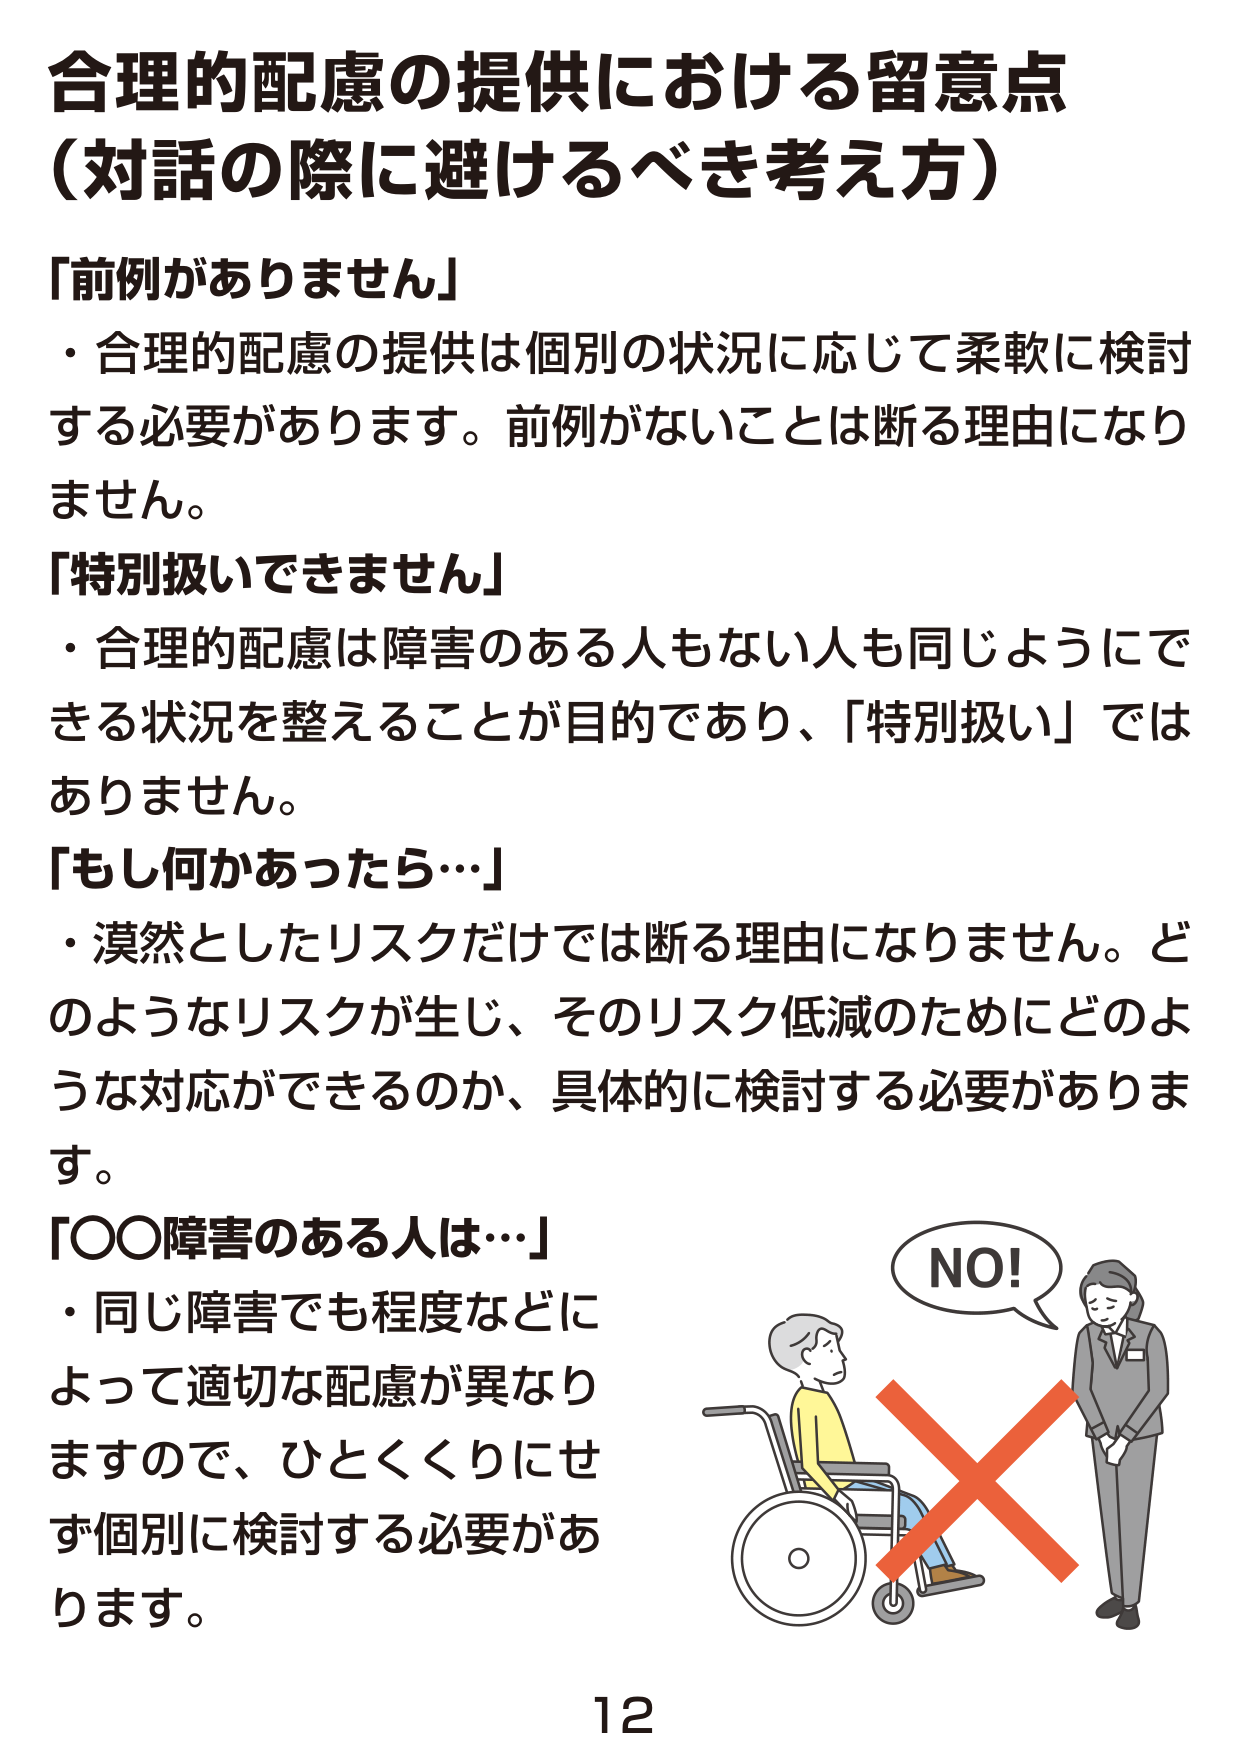
合理的配慮の提供における留意点
（対話の際に避けるべき考え方）

「前例がありません」
・合理的配慮の提供は個別の状況に応じて柔軟に検討する必要があります。前例がないことは断る理由になりません。

「特別扱いできません」
・合理的配慮は障害のある人もない人も同じようにできる状況を整えることが目的であり、「特別扱い」ではありません。

「もし何かあったら…」
・漠然としたリスクだけでは断る理由になりません。どのようなリスクが生じ、そのリスク低減のためにどのような対応ができるのか、具体的に検討する必要があります。

「〇〇障害のある人は…」
・同じ障害でも程度などによって適切な配慮が異なりますので、ひとくくりにせず個別に検討する必要があります。

NO!

12